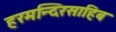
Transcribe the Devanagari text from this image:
हरमन्दिरसाहिब